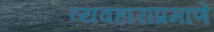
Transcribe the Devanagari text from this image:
व्यवहारांप्रमाणे